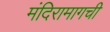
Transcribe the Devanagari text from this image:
मंदिरामागची